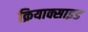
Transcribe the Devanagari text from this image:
क्रियाक्साइड